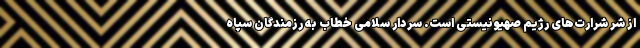
از شر شرارت‌های رژیم صهیونیستی است. سردار سلامی خطاب به رزمندگان سپاه